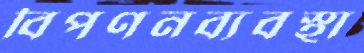
বিপণনব্যবস্থা